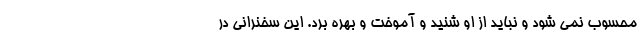
محسوب نمی شود و نباید از او شنید و آموخت و بهره برد. این سخنرانی در